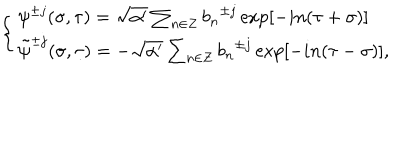
LaTeX: \left\{ \begin{array} { l } { { { \psi } ^ { \pm j } ( \sigma , \tau ) = \sqrt { \alpha ^ { \prime } } \sum _ { n \in Z } { b _ { n } } ^ { \pm j } \exp [ - i n ( \tau + \sigma ) ] } } \\ { { { \tilde { \psi } } ^ { \pm j } ( \sigma , \tau ) = - \sqrt { \alpha ^ { \prime } } \sum _ { n \in Z } { b _ { n } } ^ { \pm j } \exp [ - i n ( \tau - \sigma ) ] , } } \\ \end{array} \right.